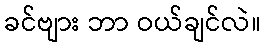
ခင်ဗျား ဘာ ဝယ်ချင်လဲ။